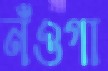
নঁওগা